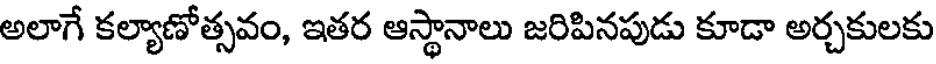
అలాగే కల్యాణోత్సవం, ఇతర ఆస్థానాలు జరిపినపుడు కూడా అర్చకులకు